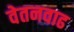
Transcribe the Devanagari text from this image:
वेतनवाढ